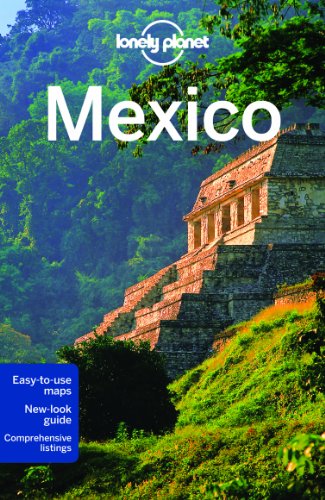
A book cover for Lonely Planet Mexico (Travel Guide); Lonely Planet; Travel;